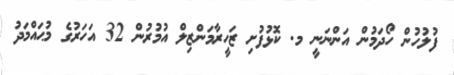
ފުލުހުން ހޯދަމުން އަންނަނީ މ. ކޮޅުފުށި ޒަހީރާމަންޒިލް އުމުރުން 32 އަހަރުގެ މުޙައްމަދު